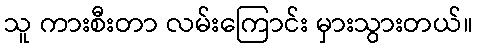
သူ ကားစီးတာ လမ်းကြောင်း မှားသွားတယ်။